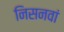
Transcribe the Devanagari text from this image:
निसनवां